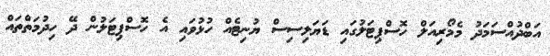
އަބްދުއްސަމަދު މެމޯރިއަލް ހޮސްޕިޓަލުގައި ޑަޔަލިސިސް ޔުނިޓެއް ހުޅުވައި އެ ހޮސްޕިޓަލުން ދޭ ހިދުމަތްތައް